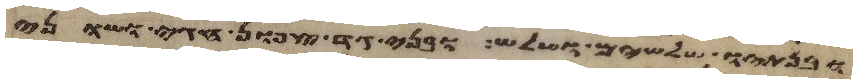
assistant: ובנתיו שלשים ושלש ובני גד צפון וחגי ושוני